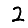
Digit: 2